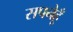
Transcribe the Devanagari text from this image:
सपनेहूँ